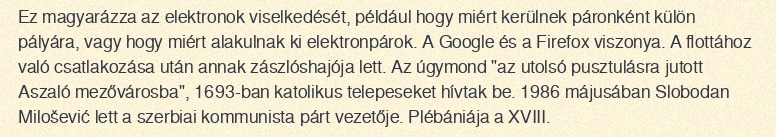
Ez magyarázza az elektronok viselkedését, például hogy miért kerülnek páronként külön pályára, vagy hogy miért alakulnak ki elektronpárok. A Google és a Firefox viszonya. A flottához való csatlakozása után annak zászlóshajója lett. Az úgymond "az utolsó pusztulásra jutott Aszaló mezővárosba", 1693-ban katolikus telepeseket hívtak be. 1986 májusában Slobodan Milošević lett a szerbiai kommunista párt vezetője. Plébániája a XVIII.